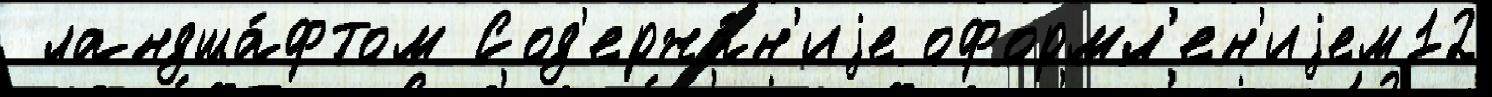
 ландша́фтом Сод'ержа́н'иjе оформл'ен'иjем12